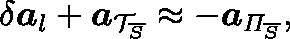
\delta \boldsymbol { a } _ { l } + \boldsymbol { a } _ { \mathcal { T } _ { \overline { { S } } } } \approx - \boldsymbol { a } _ { \mathit { \Pi } _ { \overline { { S } } } } ,